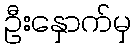
ဦးနှောက်မှ